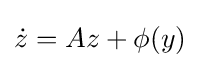
{\dot {z}}=Az+\phi (y)